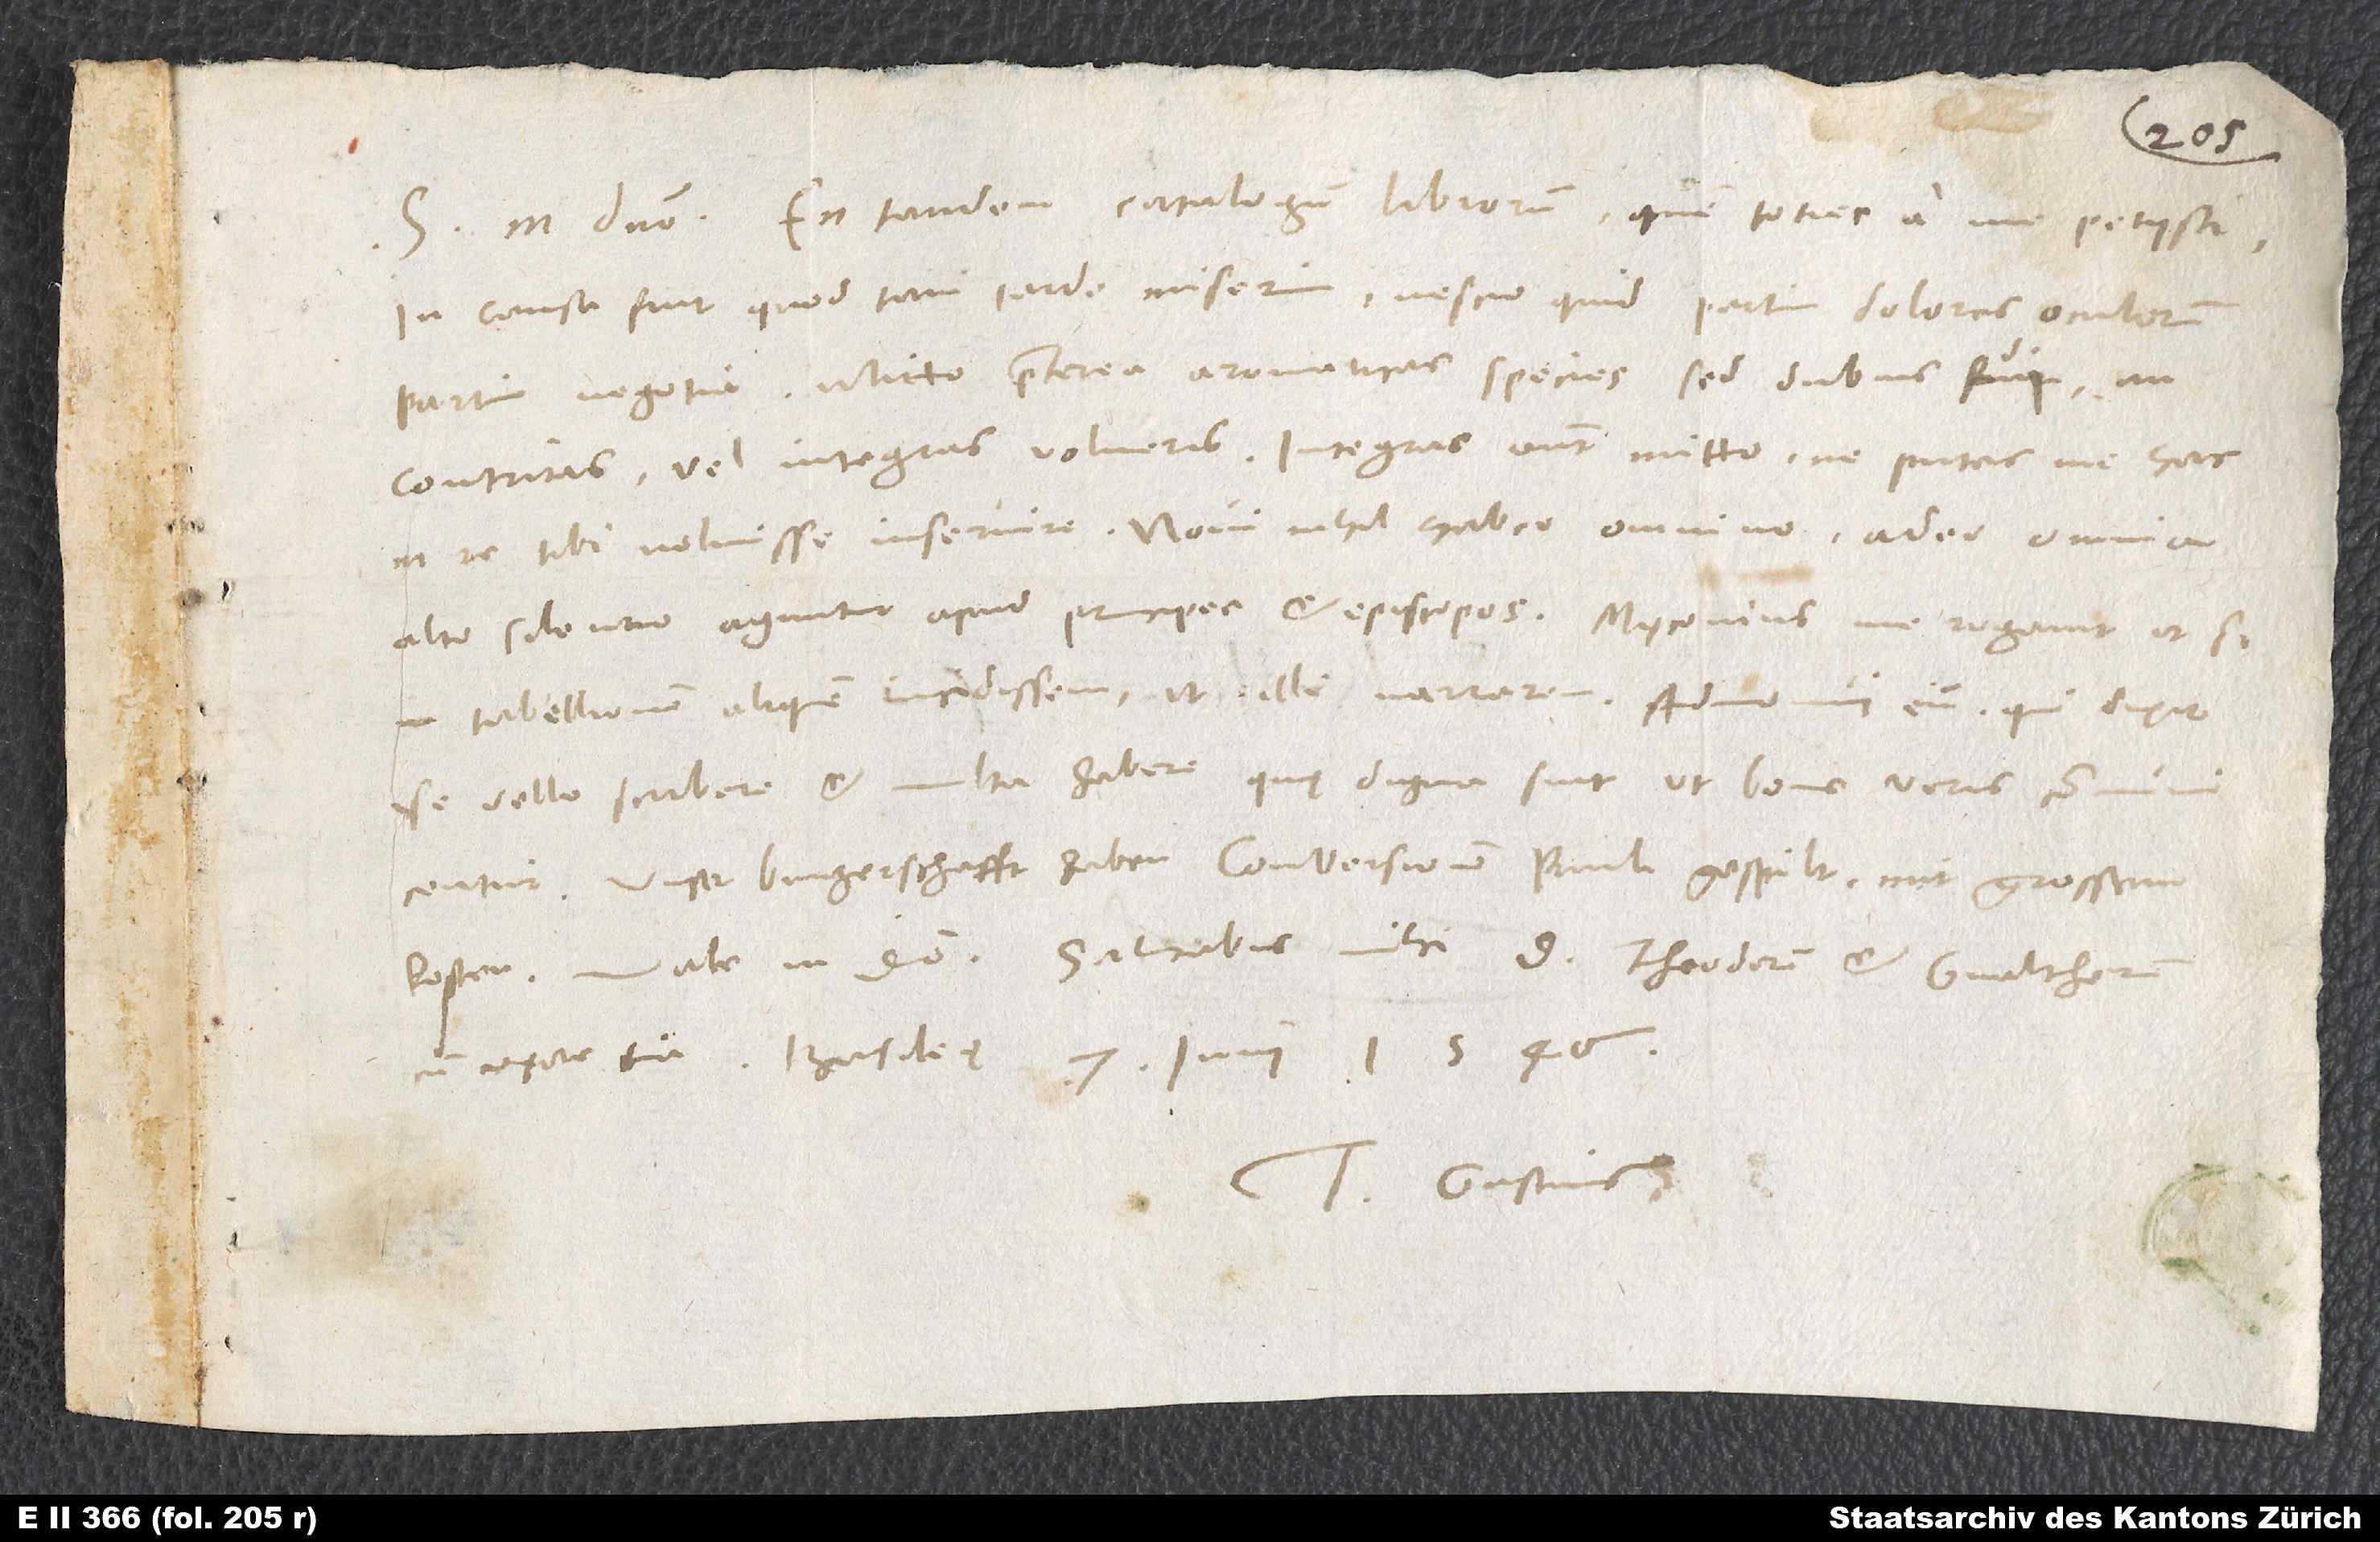
S. in domino. En tandem catalogum librorum, quem toties a me petiisti.
In causa fuit, quod tam tarde miserim, nescio quid, partim dolores oculorum,
contritas vel integras volueris. Integras autem mitto, ne putes me hac
tabellionem aliquem incidissem, illi narrarem. Admonui eum, qui dixit
ipse velle scribere et multa habere, quę digna sunt, ut bonis viris communicentur.
Unser burgerschafft haben Conversionem Pauli gespilt mit grossem
Vale in domino. Salutabis mihi d. Theodorum et Gvaltherum
cum uxore tua. Basileę, 7. iunii 1546.
Tuus Gastius.